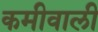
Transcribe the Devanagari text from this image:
कमीवाली